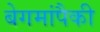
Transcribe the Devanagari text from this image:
बेगमांपैकी